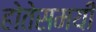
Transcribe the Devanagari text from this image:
होतेसमयी